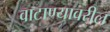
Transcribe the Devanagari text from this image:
वाटाण्यावरील